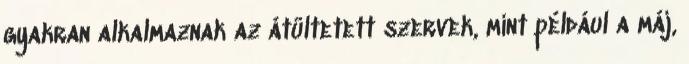
gyakran alkalmaznak az átültetett szervek, mint például a máj,